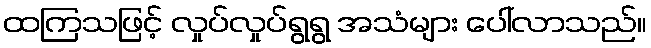
ထကြသဖြင့် လှုပ်လှုပ်ရွရွ အသံများ ပေါ်လာသည်။